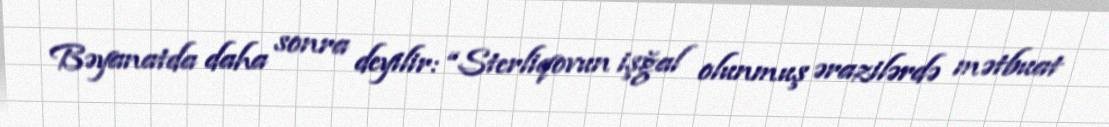
Bəyanatda daha sonra deyilir: “Sterliqovun işğal olunmuş ərazilərdə mətbuat